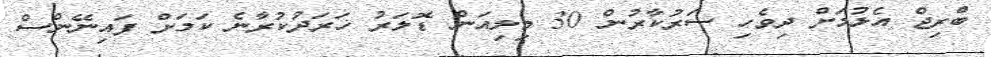
ބްރިޖް އެޅުމަށް ދިވެހި ސަރުކާރުން 30 މިލިއަން ޑޮލަރު ޚަރަދުކުރާނެ ކަމަށް ފައިނޭންސް